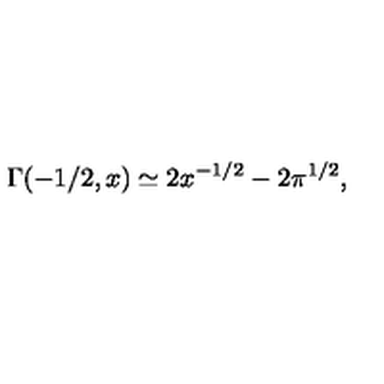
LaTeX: \Gamma ( - 1 / 2 , x ) \simeq 2 x ^ { - 1 / 2 } - 2 \pi ^ { 1 / 2 } ,